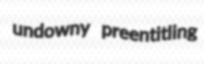
undowny preentitling